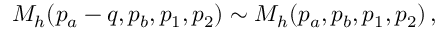
{ \cal M } _ { h } ( p _ { a } - q , p _ { b } , p _ { 1 } , p _ { 2 } ) \sim { \cal M } _ { h } ( p _ { a } , p _ { b } , p _ { 1 } , p _ { 2 } ) \, ,